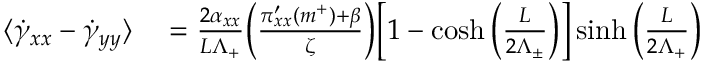
\begin{array} { r l } { \langle \dot { \gamma } _ { x x } - \dot { \gamma } _ { y y } \rangle } & { { } = \frac { 2 \alpha _ { x x } } { L \Lambda _ { + } } \bigg ( \frac { \pi _ { x x } ^ { \prime } ( m ^ { + } ) + \beta } { \zeta } \bigg ) \bigg [ 1 - \cosh \bigg ( \frac { L } { 2 \Lambda _ { \pm } } \bigg ) \bigg ] \sinh \bigg ( \frac { L } { 2 \Lambda _ { + } } \bigg ) } \end{array}